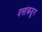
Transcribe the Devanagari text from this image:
दलांकडून